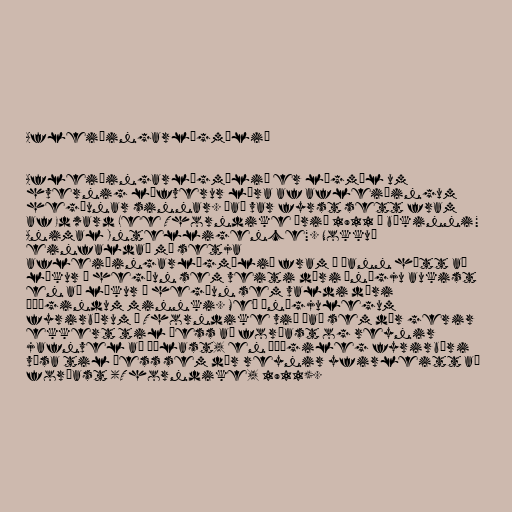
Afleiðingarlögmálið

Afleiðingarlögmálið er lögmál um
hvernig lífverur læra af afleiðingum
hegðunar sinnar. Það var fyrst sett fram
af Edward Lee Thorndike árið 1911 í bókinni"
Animal Intelligence". Nokkuð
einfaldað má setja
afleiðingarlögmálið fram á þann hátt að
líkur á hegðun sem veiti dýri ánægju aukist
en að líkur á hegðun sem valdi dýri
óþægindum minnki. Með ánægjulegum
fyrirbærum á Thorndike við það sem dýr gerir
ekkert til þess að forðast og reynir
jafnvel að öðlast, en óþægileg fyrirbæri
vísa til þess sem dýr reynir yfirleitt að
forðast (Thorndike, 1911).